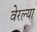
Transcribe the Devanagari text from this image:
वेरल्या